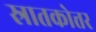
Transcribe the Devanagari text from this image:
स्रातकोत्तर